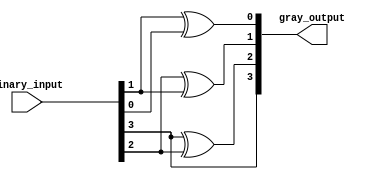
module relative_encoder (
    input wire [3:0] binary_input,  // 4-bit binary input
    output wire [3:0] gray_output    // 4-bit gray code output
);

// Combinational logic to convert binary input to gray code output
assign gray_output[3] = binary_input[3];          // G3 = B3
assign gray_output[2] = binary_input[3] ^ binary_input[2]; // G2 = B3 XOR B2
assign gray_output[1] = binary_input[2] ^ binary_input[1]; // G1 = B2 XOR B1
assign gray_output[0] = binary_input[1] ^ binary_input[0]; // G0 = B1 XOR B0

endmodule